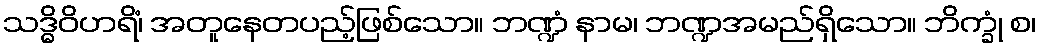
သဒ္ဓိဝိဟရိံ၊ အတူနေတပည့်ဖြစ်သော။ ဘဏ္ဍံ နာမ၊ ဘဏ္ဍအမည်ရှိသော။ ဘိက္ခုံ စ၊